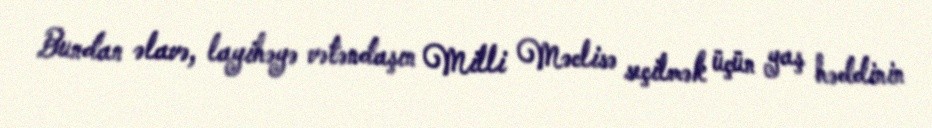
Bundan əlavə, layihəyə vətəndaşın Milli Məclisə seçilmək üçün yaş həddinin